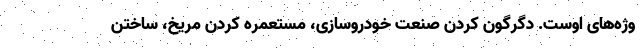
وژه‌های اوست. دگرگون کردن صنعت خودروسازی، مستعمره کردن مریخ، ساختن